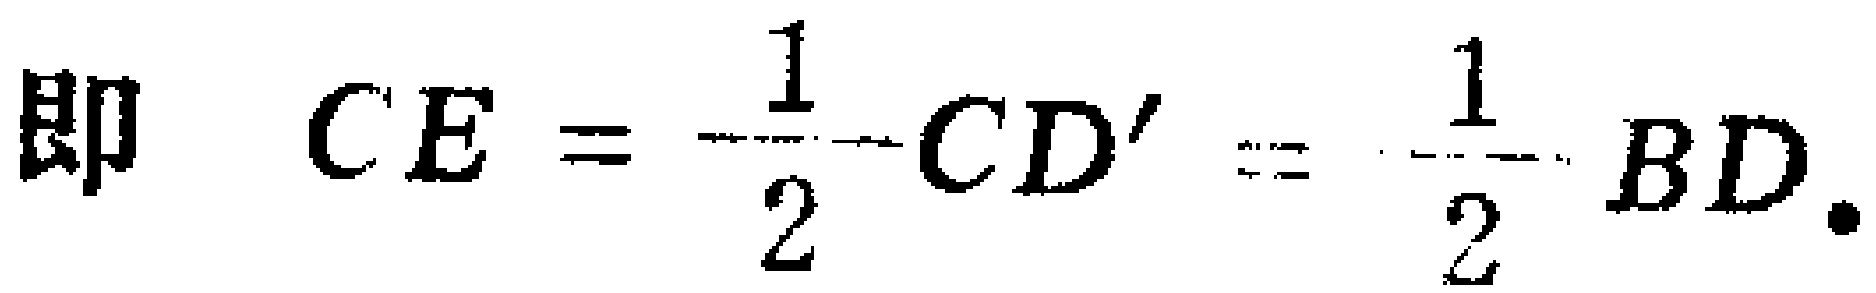
即 \(CE = \frac{1}{2}CD' = \frac{1}{2}BD.\)